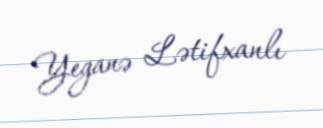
Yeganə Lətifxanlı